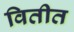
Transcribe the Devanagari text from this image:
वितीत